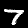
Digit: 7